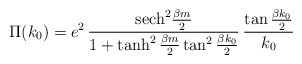
\begin{align*}\Pi (k_{0}) = e^{2}\,{{\rm sech}^{2} {\beta m\over 2}\over 1 +\tanh^{2} {\beta m\over 2} \tan^{2} {\beta k_{0}\over 2}}\,{\tan{\beta k_{0}\over 2}\over k_{0}}\end{align*}